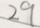
2 9